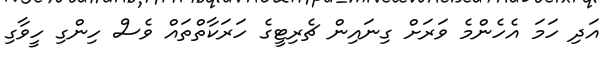
އަދި ހަމަ އެހެންމެ ވަރަށް ގިނައިން ޗެރިޓީގެ ހަރަކާތްތައް ވެސް ހިންގި ހީވާގި